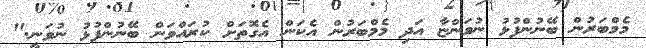
މެމްބަރުން ބޭނުންފުޅު ނުވަންޏާ އަދި މެމްބަރުން އެކަން އެގޮތަށް ކުރައްްވަން ބޭނުންފުޅު ނުވަނީ."